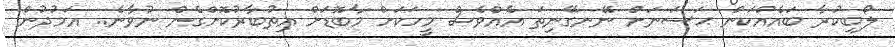
ލޯބިކުރާ ބައެއްކަން ޙަސަނަށް ނޭނގޭނިތަ އެއްވެސް މީހަކަށް މާބޮޑަށް އިތުބާރުކޮށްގެން ނުވާނެ.. އަމުދުން